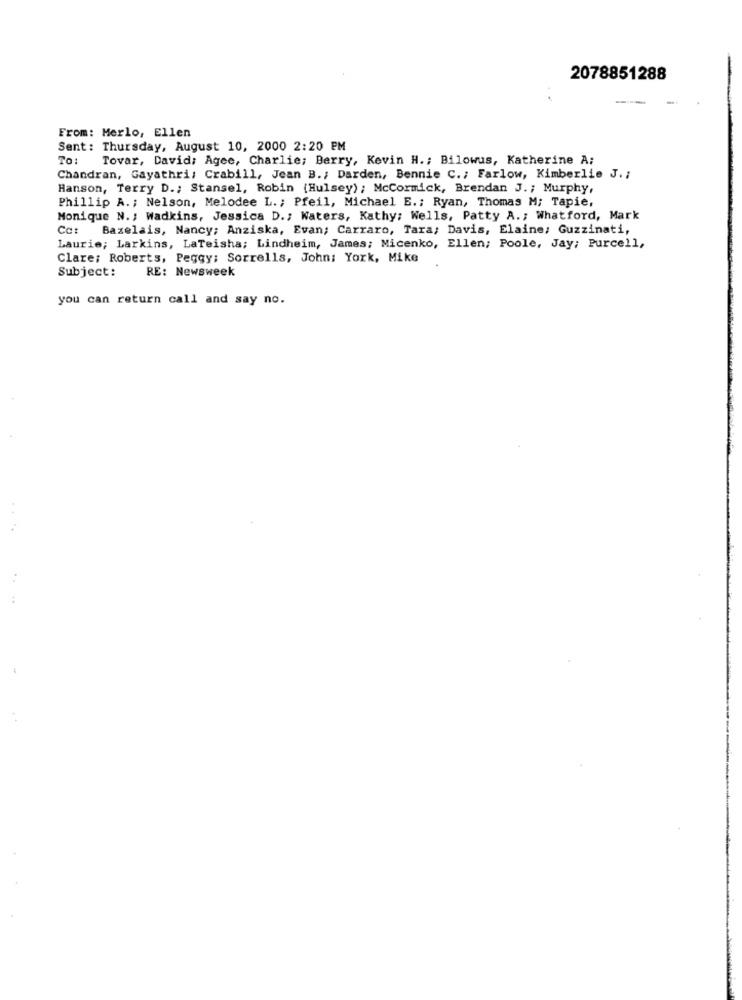
2078851288
From: Merlo, Ellen
Sent: Thursday, August 10, 2000 2:20 PM
To: Tovar, David; Agee, Charlie; Berry, Kevin H .; Bilowus, Katherine A;
Chandran, Gayathri, Crabill, Jean B .; Darden, Bennie C .; Farlow, Kimberlie J. ;
Hanson, Terry D .; Stansel, Robin (Hulsey) ; McCormick, Brendan J .; Murphy,
Phillip A .; Nelson, Melodee L. ; Pfeil, Michael E .; Ryan, Thomas M; Tapie,
Monique N. ; Wadkins, Jessica D .; Waters, Kathy; Wells, Patty A .; Whatford, Mark
Cc:
Bazelais, Nancy; Anziska, Evan; Carraro, Tara; Davis, Elaine; Guzzinati,
Laurie; Larkins, LaTeisha; Lindheim, James; Micenko, Ellen; Poole, Jay; Purcell,
Clare: Roberts, Peggy; Sorrells, John: York, Mike
Subject:
RE: Newsweek
you can return call and say no.